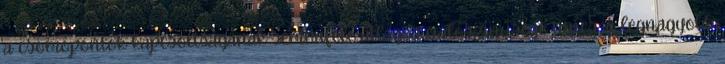
a csomópontok kapcsoltságának semmiféle átlagos valószínűsége nincs A legnagyobb